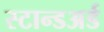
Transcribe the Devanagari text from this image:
स्टान्डअर्ड